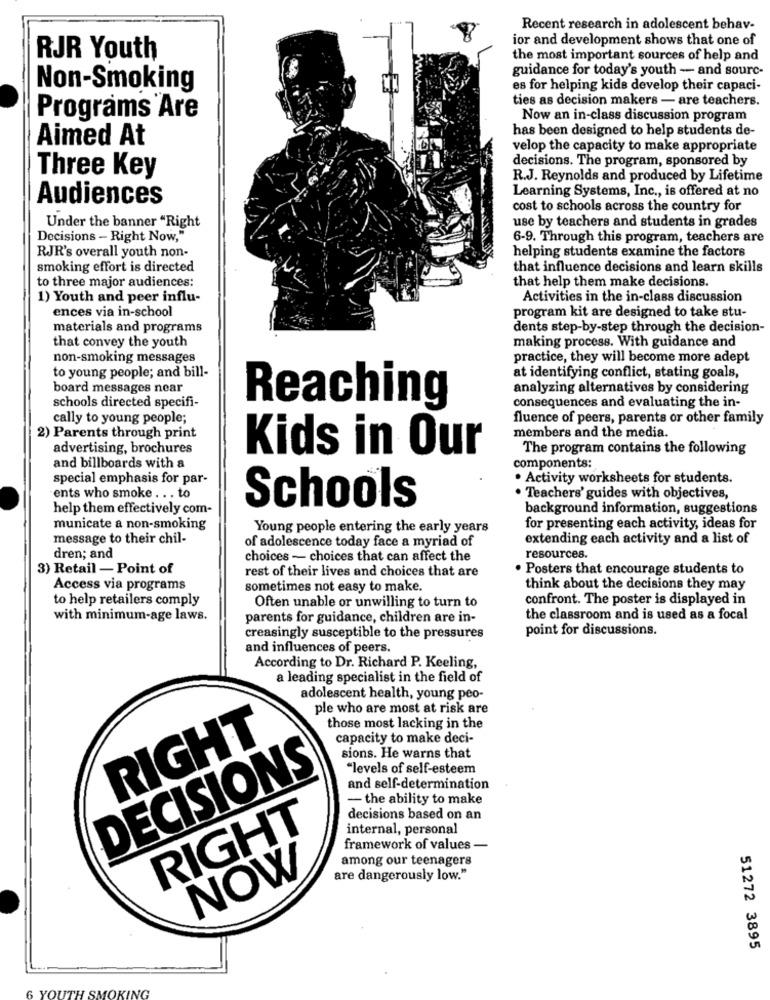
Recent research in adolescent behav-
ior and development shows that one of
RJR Youth
the most important sources of help and
guidance for today's youth - and sourc-
Non-Smoking
es for helping kids develop their capaci-
ties as decision makers - are teachers.
Programs Are
Now an in-class discussion program
has been designed to help students de-
Aimed At
velop the capacity to make appropriate
decisions. The program, sponsored by
Three Key
R.J. Reynolds and produced by Lifetime
Learning Systems, Inc ., is offered at no
Audiences
cost to schools across the country for
Under the banner "Right
use by teachers and students in grades
Decisions - Right Now,"
6-9. Through this program, teachers are
RJR's overall youth non-
helping students examine the factors
smoking effort is directed
that influence decisions and learn skills
to three major audiences:
that help them make decisions.
1) Youth and peer influ-
Activities in the in-class discussion
ences via in-school
program kit are designed to take stu-
materials and programs
dents step-by-step through the decision-
making process. With guidance and
that convey the youth
non-smoking messages
practice, they will become more adept
to young people; and bill-
at identifying conflict, stating goals,
board messages near
analyzing alternatives by considering
schools directed specifi-
Reaching
consequences and evaluating the in-
cally to young people;
fluence of peers, parents or other family
2) Parents through print
members and the media.
advertising, brochures
The program contains the following
Kids in Our
and billboards with a
components:
special emphasis for par-
· Activity worksheets for students.
ents who smoke . . . to
· Teachers' guides with objectives,
help them effectively com-
Schools
background information, suggestions
municate a non-smoking
Young people entering the early years
for presenting each activity, ideas for
message to their chil-
of adolescence today face a myriad of
extending each activity and a list of
dren; and
choices - choices that can affect the
resources.
3) Retail -Point of
rest of their lives and choices that are
· Posters that encourage students to
Access via programs
sometimes not easy to make.
think about the decisions they may
to help retailers comply
Often unable or unwilling to turn to
confront. The poster is displayed in
with minimum-age laws.
parents for guidance, children are in-
the classroom and is used as a focal
point for discussions.
creasingly susceptible to the pressures
and influences of peers.
According to Dr. Richard P. Keeling,
a leading specialist in the field of
adolescent health, young peo-
ple who are most at risk are
those most lacking in the
RIGHT
capacity to make deci-
sions. He warns that
DECISIONS
"levels of self-esteem
and self-determination
- the ability to make
decisions based on an
RIGHT
internal, personal
framework of values -
among our teenagers
NOW
are dangerously low."
51272 3895